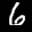
Label: 6